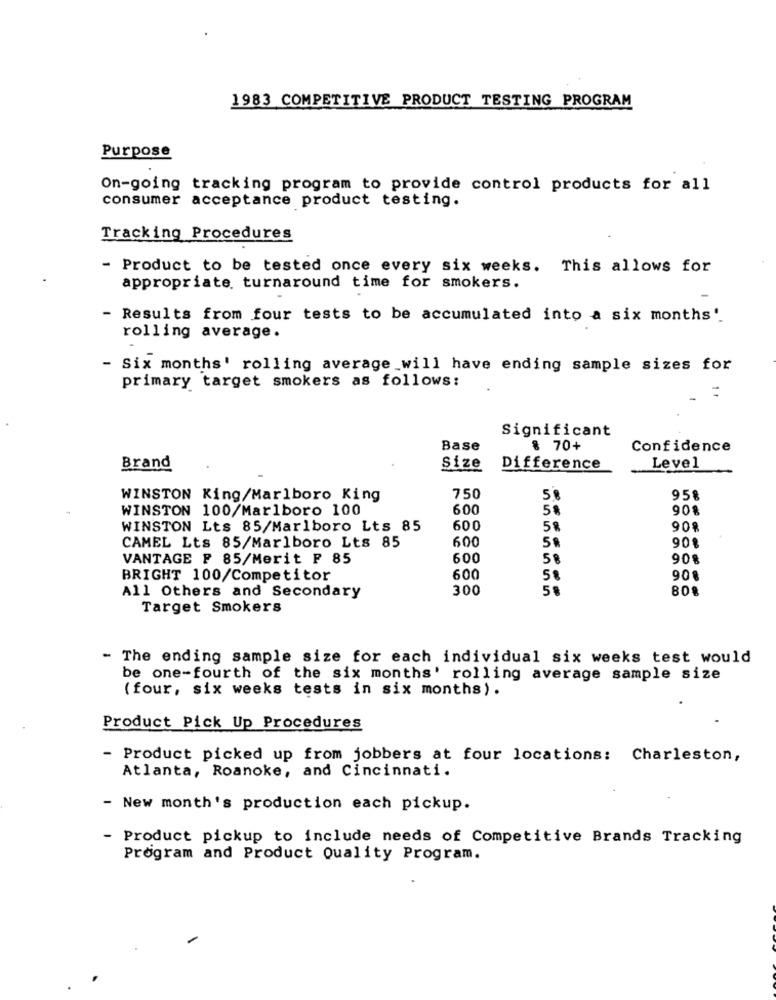
1983 COMPETITIVE PRODUCT TESTING PROGRAM
Purpose
On-going tracking program to provide control products for all
consumer acceptance product testing.
Tracking Procedures
- Product to be tested once every six weeks. This allows for
appropriate turnaround time for smokers.
Results from four tests to be accumulated into a six months'
rolling average.
- Six months' rolling average will have ending sample sizes for
primary target smokers as follows:
1 1
Significant
Base
8 70+
Confidence
Brand
Size
Difference
Level
WINSTON King/Marlboro King
750
58
958
WINSTON 100/Marlboro 100
600
5%
908
WINSTON Lts 85/Marlboro Lts 85
600
5%
908
600
CAMEL Lts 85/Marlboro Lts 85
901
VANTAGE ₽ 85/Merit ₽ 85
600
58
90%
BRIGHT 100/Competitor
600
5%
908
300
58
80%
All Others and Secondary
Target Smokers
- The ending sample size for each individual six weeks test would
be one-fourth of the six months' rolling average sample size
(four, six weeks tests in six months).
Product Pick Up Procedures
- Product picked up from jobbers at four locations: Charleston,
Atlanta, Roanoke, and Cincinnati.
- New month's production each pickup.
- Product pickup to include needs of Competitive Brands Tracking
Program and Product Quality Program.